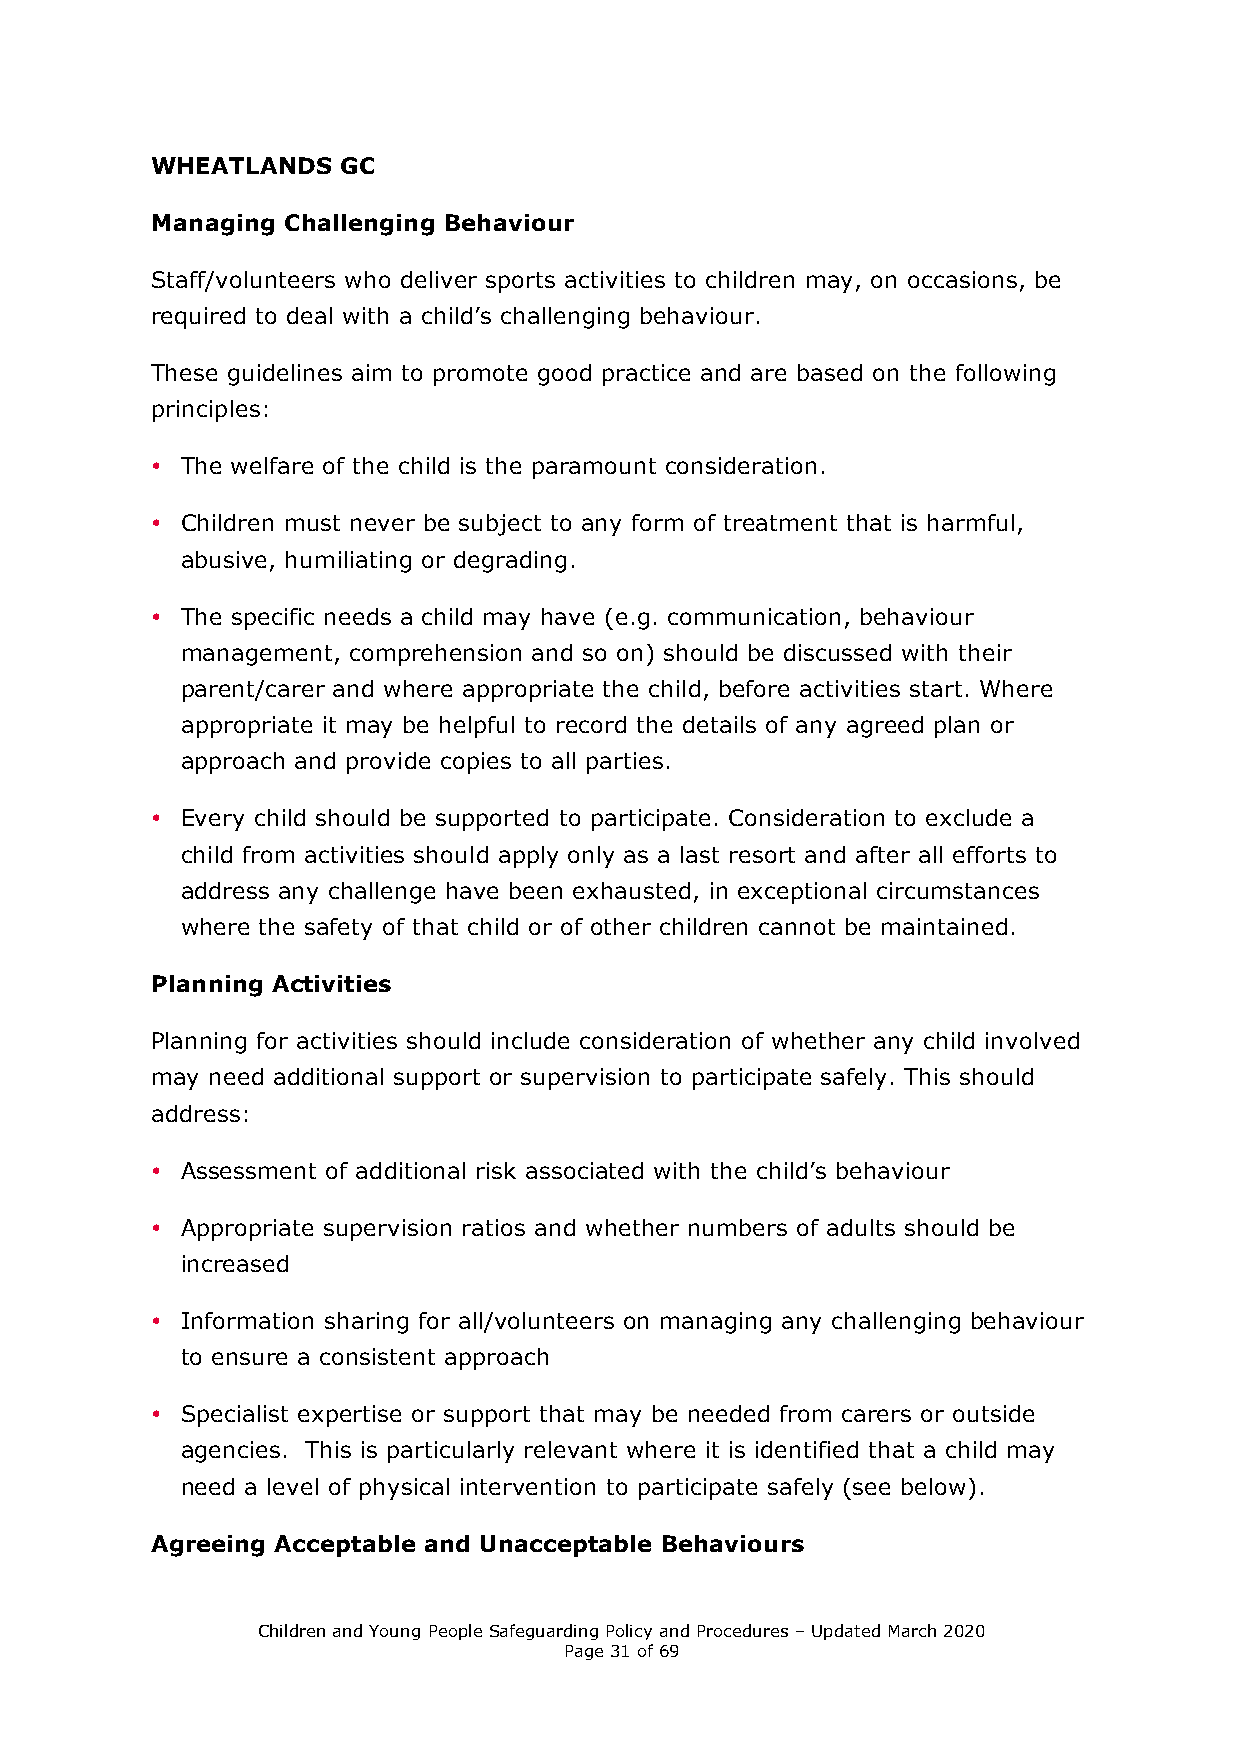
WHEATLANDS   GC
 Managing Challenging Behaviour
 Staff/volunteers who deliver sports activities to children may, on occasions, be
 required to deal with a child’s challenging behaviour.
 These guidelines aim to promote good practice and are based on the following
 principles:
 • The welfare of the child is the paramount consideration.
 • Children must never be subject to any form of treatment that is harmful,
 abusive, humiliating or degrading.
 • The specific needs a child may have (e.g. communication, behaviour
 management, comprehension and so on) should be discussed with their
 parent/carer and where appropriate the child, before activities start. Where
 appropriate it may be helpful to record the details of any agreed plan or
 approach and provide copies to all parties.
 • Every child should be supported to participate. Consideration to exclude a
 child from activities should apply only as a last resort and after all efforts to
 address any challenge have been exhausted, in exceptional circumstances
 where the safety of that child or of other children cannot be maintained.
 Planning Activities
 Planning for activities should include consideration of whether any child involved
 may need additional support or supervision to participate safely. This should
 address:
 • Assessment of additional risk associated with the child’s behaviour
 • Appropriate supervision ratios and whether numbers of adults should be
 increased
 • Information sharing for all/volunteers on managing any challenging behaviour
 to ensure a consistent approach
 • Specialist expertise or support that may be needed from carers or outside
 agencies. This is particularly relevant where it is identified that a child may
 need a level of physical intervention to participate safely (see below).
 Agreeing Acceptable and Unacceptable Behaviours
 Children and Young People Safeguarding Policy and Procedures – Updated March 2020
 Page 31 of 69